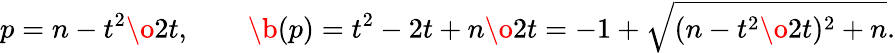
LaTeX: p={n-t^{2}\o{2t}},\qquad\b(p)={t^{2}-2t+n\o{2t}}=-1+\sqrt{({n-t^{2}\o{2t}})^{2}+n}.